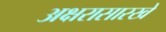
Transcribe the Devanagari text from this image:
अक्षरासारखे